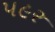
પ૯ર